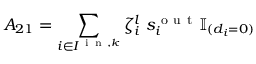
A _ { 2 1 } = \sum _ { i \in I ^ { \mathrm { ~ i ~ n ~ } , k } } \zeta _ { i } ^ { l } \; s _ { i } ^ { \mathrm { ~ o ~ u ~ t ~ } } \mathbb { I } _ { ( d _ { i } = 0 ) }